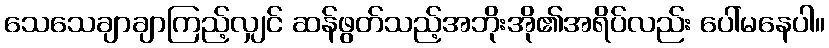
သေသေချာချာကြည့်လျှင် ဆန်ဖွတ်သည့်အဘိုးအို၏အရိပ်လည်း ပေါ်မနေပါ။